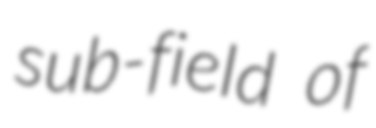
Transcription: sub-field of